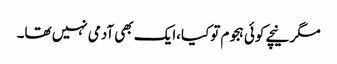
مگر نیچے کوئی ہجوم توکیا،ایک بھی آدمی نہیں تھا۔